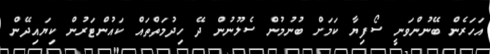
އަހަރެން ބޭނުންވަނީ ސޯފިޔާ ކަމަށް ބުނުމުން ސެލޫނުން ދޭ ހިދުމަތްތައް ކައުންޓަރުން ކިޔައިދޭން